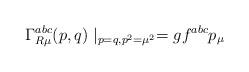
LaTeX: \begin{align*}\Gamma _{R\mu }^{abc}(p,q)\mid _{p=q,p^2=\mu ^2}=gf^{abc}p_\mu\end{align*}